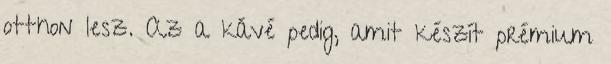
otthon lesz. Az a kávé pedig, amit készít prémium